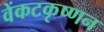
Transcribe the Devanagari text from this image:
वेंकटकृष्णन